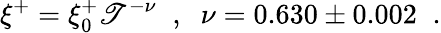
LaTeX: \xi^{+}=\xi_{0}^{+}\mathscr{T}^{-\nu}\; \; ,\; \; \nu=0.630\pm0.002\; \; .